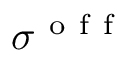
\sigma ^ { \mathrm { ~ o ~ f ~ f ~ } }